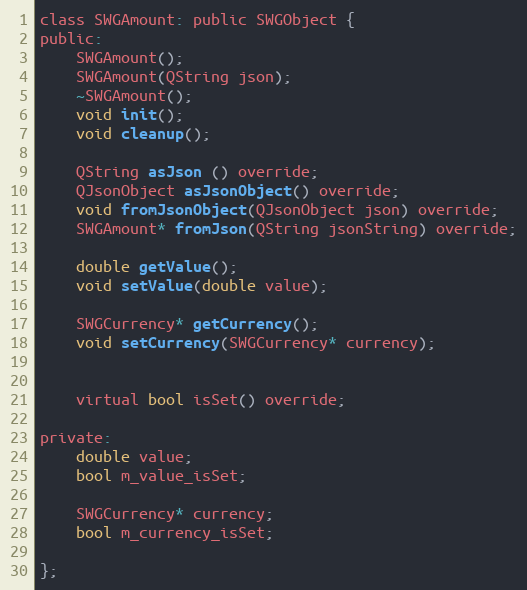
Language: C
class SWGAmount: public SWGObject {
public:
    SWGAmount();
    SWGAmount(QString json);
    ~SWGAmount();
    void init();
    void cleanup();

    QString asJson () override;
    QJsonObject asJsonObject() override;
    void fromJsonObject(QJsonObject json) override;
    SWGAmount* fromJson(QString jsonString) override;

    double getValue();
    void setValue(double value);

    SWGCurrency* getCurrency();
    void setCurrency(SWGCurrency* currency);

    virtual bool isSet() override;

private:
    double value;
    bool m_value_isSet;

    SWGCurrency* currency;
    bool m_currency_isSet;

};